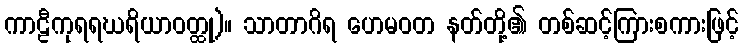
ကာဠီကုရရဃရိယာဝတ္ထု)။ သာတာဂိရ ဟေမဝတ နတ်တို့၏ တစ်ဆင့်ကြားစကားဖြင့်